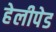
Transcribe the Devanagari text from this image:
हेलीपेड